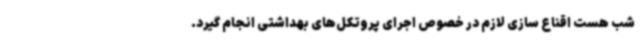
شب هست اقناع سازی لازم در خصوص اجرای پروتکل‌های بهداشتی انجام گیرد.